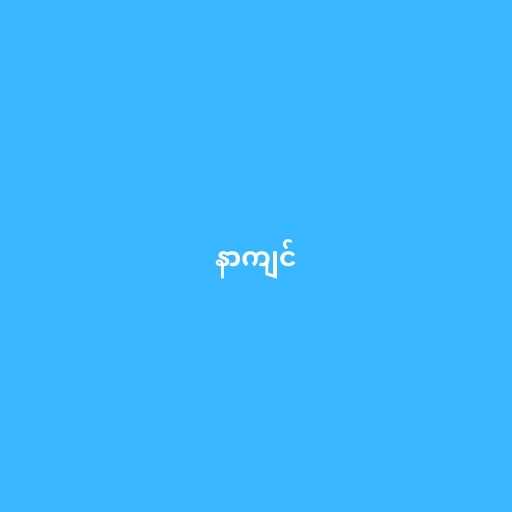
နာကျင်